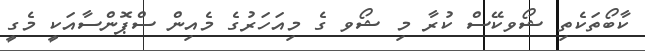
ކާބޯތަކެތި ޝޯވކޭސް ކުރާ މި ޝޯވ ގެ މިއަހަރުގެ މެއިން ސްޕޮންސާއަކީ މެގީ